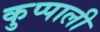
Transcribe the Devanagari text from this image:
कुप्पाली